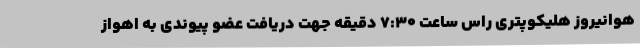
هوانیروز هلیکوپتری راس ساعت ۷:۳۰ دقیقه جهت دریافت عضو پیوندی به اهواز